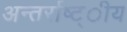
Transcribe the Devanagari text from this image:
अन्तर्राष्ट्ीय